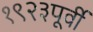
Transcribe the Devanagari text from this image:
१९२३पूर्वी